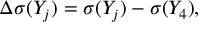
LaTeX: \Delta \sigma ( Y _ { j } ) = \sigma ( Y _ { j } ) - \sigma ( Y _ { 4 } ) ,